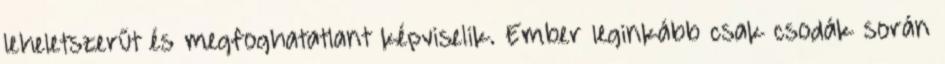
leheletszerűt és megfoghatatlant képviselik. Ember leginkább csak csodák során